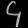
Digit: ၄